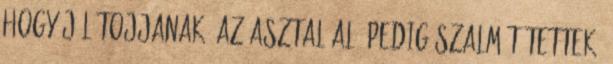
hogy jól tojjanak, az asztal alá pedig szalmát tettek,